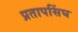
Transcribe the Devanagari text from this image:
प्रतापसिंघ